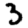
Digit: 3